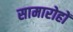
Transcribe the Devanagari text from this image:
सामारोहों